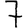
Digit: 7